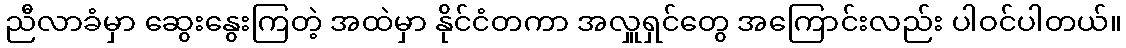
ညီလာခံမှာ ဆွေးနွေးကြတဲ့ အထဲမှာ နိုင်ငံတကာ အလှူရှင်တွေ အကြောင်းလည်း ပါဝင်ပါတယ်။